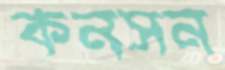
কনসন